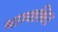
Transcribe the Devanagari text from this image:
भाग्याश्रित